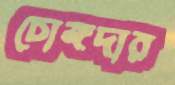
চোঙ্গদার